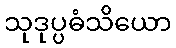
သုဒုပ္ပဓံသိယော